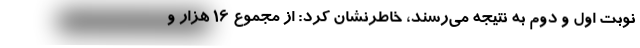
نوبت اول و دوم به نتیجه می‌رسند، خاطرنشان کرد: از مجموع ۱۶ هزار و